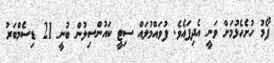
ފޯމު ހުށެހެޅުމަށް ވަނީ އެދިފައެވެ. ފުވައްމުލައް ސިޓީ ކައުންސިލުން ބުނީ 21 ޑިސެމްބަރު